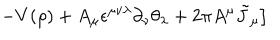
LaTeX: \left. - V ( \rho ) + A _ { \mu } \epsilon ^ { \mu \nu \lambda } \partial _ { \nu } \theta _ { \lambda } + 2 \pi A ^ { \mu } { \tilde { J } } _ { \mu } \right]